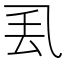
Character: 𫡧